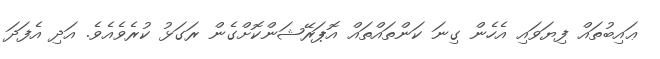
ޢައިބުތައް ފިޔަވައި އެހެން ގިނަ ކަންތައްތައް އޮޕަރޭޝަންކޮށްގެން ރަގަޅު ކުރެވެއެވެ. އަދި އެފަދަ